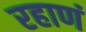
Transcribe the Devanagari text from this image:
रहाणं